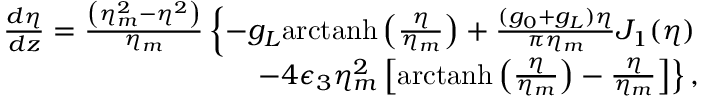
\begin{array} { r l r } & { } & { \! \! \! \! \! \! \! \! \frac { d \eta } { d z } = \frac { \left( \eta _ { m } ^ { 2 } - \eta ^ { 2 } \right) } { \eta _ { m } } \left\{ - g _ { L } \mathrm { a r c t a n h } \left( \frac { \eta } { \eta _ { m } } \right) + \frac { ( g _ { 0 } + g _ { L } ) \eta } { \pi \eta _ { m } } J _ { 1 } ( \eta ) \right. } \\ & { } & { \! \! \! \! \! \! \! \! \! \left. - 4 \epsilon _ { 3 } \eta _ { m } ^ { 2 } \left[ \mathrm { a r c t a n h } \left( \frac { \eta } { \eta _ { m } } \right) - \frac { \eta } { \eta _ { m } } \right] \right\} , } \end{array}